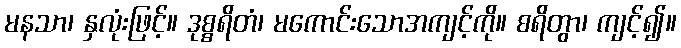
မနသာ၊ နှလုံးဖြင့်။ ဒုစ္စရိတံ၊ မကောင်းသောအကျင့်ကို။ စရိတွာ၊ ကျင့်၍။